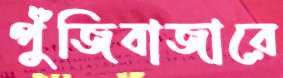
পুঁজিবাজারে